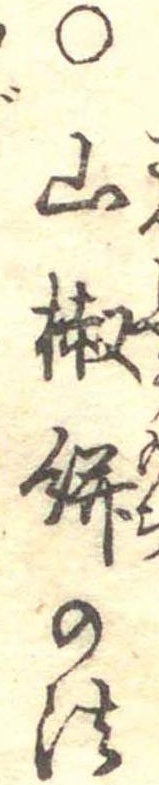
○山椒餅の法